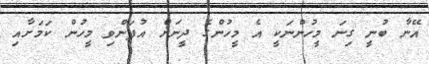
އޭނާ ބުނީ ގިނަ މީހުންނަކީ އެ މީހުންގެ ދީނަށް އުފަންވި މީހުން ކަމަށާއި